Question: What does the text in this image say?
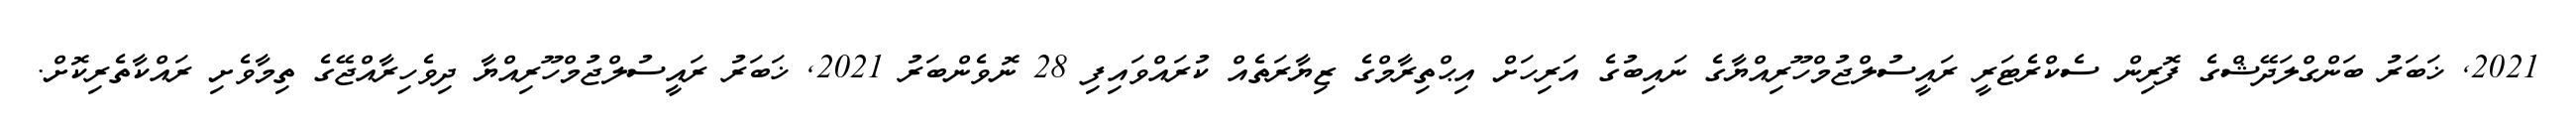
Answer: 2021, ޚަބަރު ބަންގްލަދޭޝްގެ ފޮރިން ސެކްރެޓަރީ ރައީސުލްޖުމްހޫރިއްޔާގެ ނައިބުގެ އަރިހަށް އިޙްތިރާމްގެ ޒިޔާރަތެއް ކުރައްވައިފި 28 ނޮވެންބަރު 2021, ޚަބަރު ރައީސުލްޖުމްހޫރިއްޔާ ދިވެހިރާއްޖޭގެ ތިމާވެށި ރައްކާތެރިކޮށް.